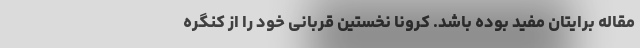
مقاله برایتان مفید بوده باشد. کرونا نخستین قربانی خود را از کنگره